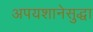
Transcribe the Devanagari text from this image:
अपयशानेसुद्धा